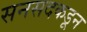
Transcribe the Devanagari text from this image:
सनसदकडून